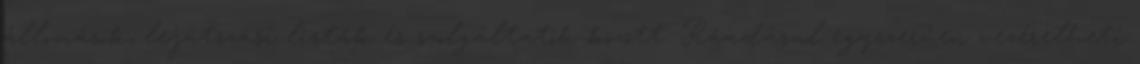
állomások, lejátszási listák és szolgáltatók között. Ráadásul egyszerűen vezérelheti